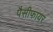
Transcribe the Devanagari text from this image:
पैसीफायर